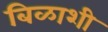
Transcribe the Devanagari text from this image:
बिळाशी